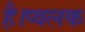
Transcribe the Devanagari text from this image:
है।प्वलक